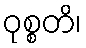
ဝုစ္စတိ၊